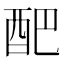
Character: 𮠟